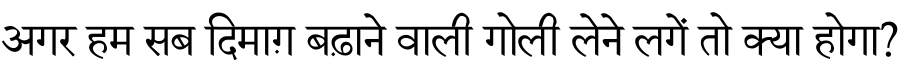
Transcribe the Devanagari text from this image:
अगर हम सब दिमाग़ बढ़ाने वाली गोली लेने लगें तो क्या होगा?